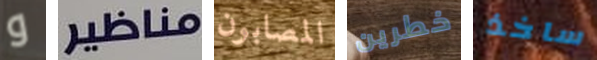
و مناظير المصابون خطرين ساخذ